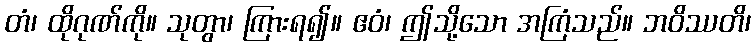
တံ၊ ထိုဂုဏ်ကို။ သုတွာ၊ ကြားရ၍။ ဧဝံ၊ ဤသို့သော အကြံသည်။ ဘဝိဿတိ၊